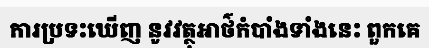
ការប្រទះឃើញ នូវវត្ថុអាថ៌កំបាំងទាំងនេះ ពួកគេ